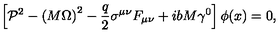
\left[ { \cal P } ^ { 2 } - \left( M \Omega \right) ^ { 2 } - \frac q 2 \sigma ^ { \mu \nu } F _ { \mu \nu } + i b M \gamma ^ { 0 } \right] \phi ( x ) = 0 ,